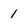
Character: 1